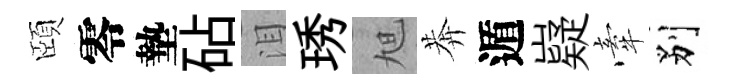
頤零墊砧泪琇旭莾遁嶷牽别